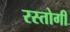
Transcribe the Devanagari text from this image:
रस्‍तोगी